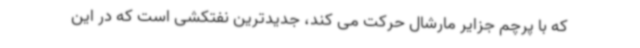
که با پرچم جزایر مارشال حرکت می کند، جدیدترین نفتکشی است که در این